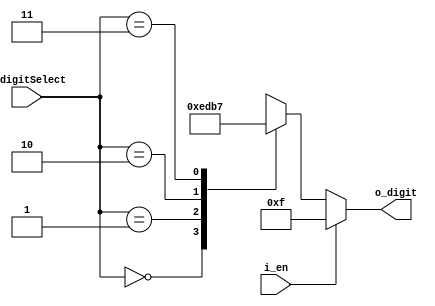
`timescale 1ns / 1ps

module FND_Select_Decoder(
    input [1:0] i_digitSelect,        //  2, digit select (2x4 decoder)
    input i_en,                       // , enable
    output [3:0] o_digit              //  4 output digit
    );

    reg [3:0] r_digit;                // input, output wire tpye . ,      .
                                      //   reg  . reg   .
    assign o_digit = r_digit;

    always @(i_digitSelect or i_en) begin     // @(),     . // or  ,  .
        if (i_en) begin
            r_digit = 4'b1111;                // enable 1 4-bit 1111 o_digit 
        end
        else begin                            //  (enable 1 )
            case (i_digitSelect)              // i_digitSelect     .
                2'h0 : r_digit = 4'b1110;     //  2-bt 0 , 4-bit ~
                2'h1 : r_digit = 4'b1101;
                2'h2 : r_digit = 4'b1011;
                2'h3 : r_digit = 4'b0111;                
            endcase                           // case  endcase .
        end
    end
endmodule